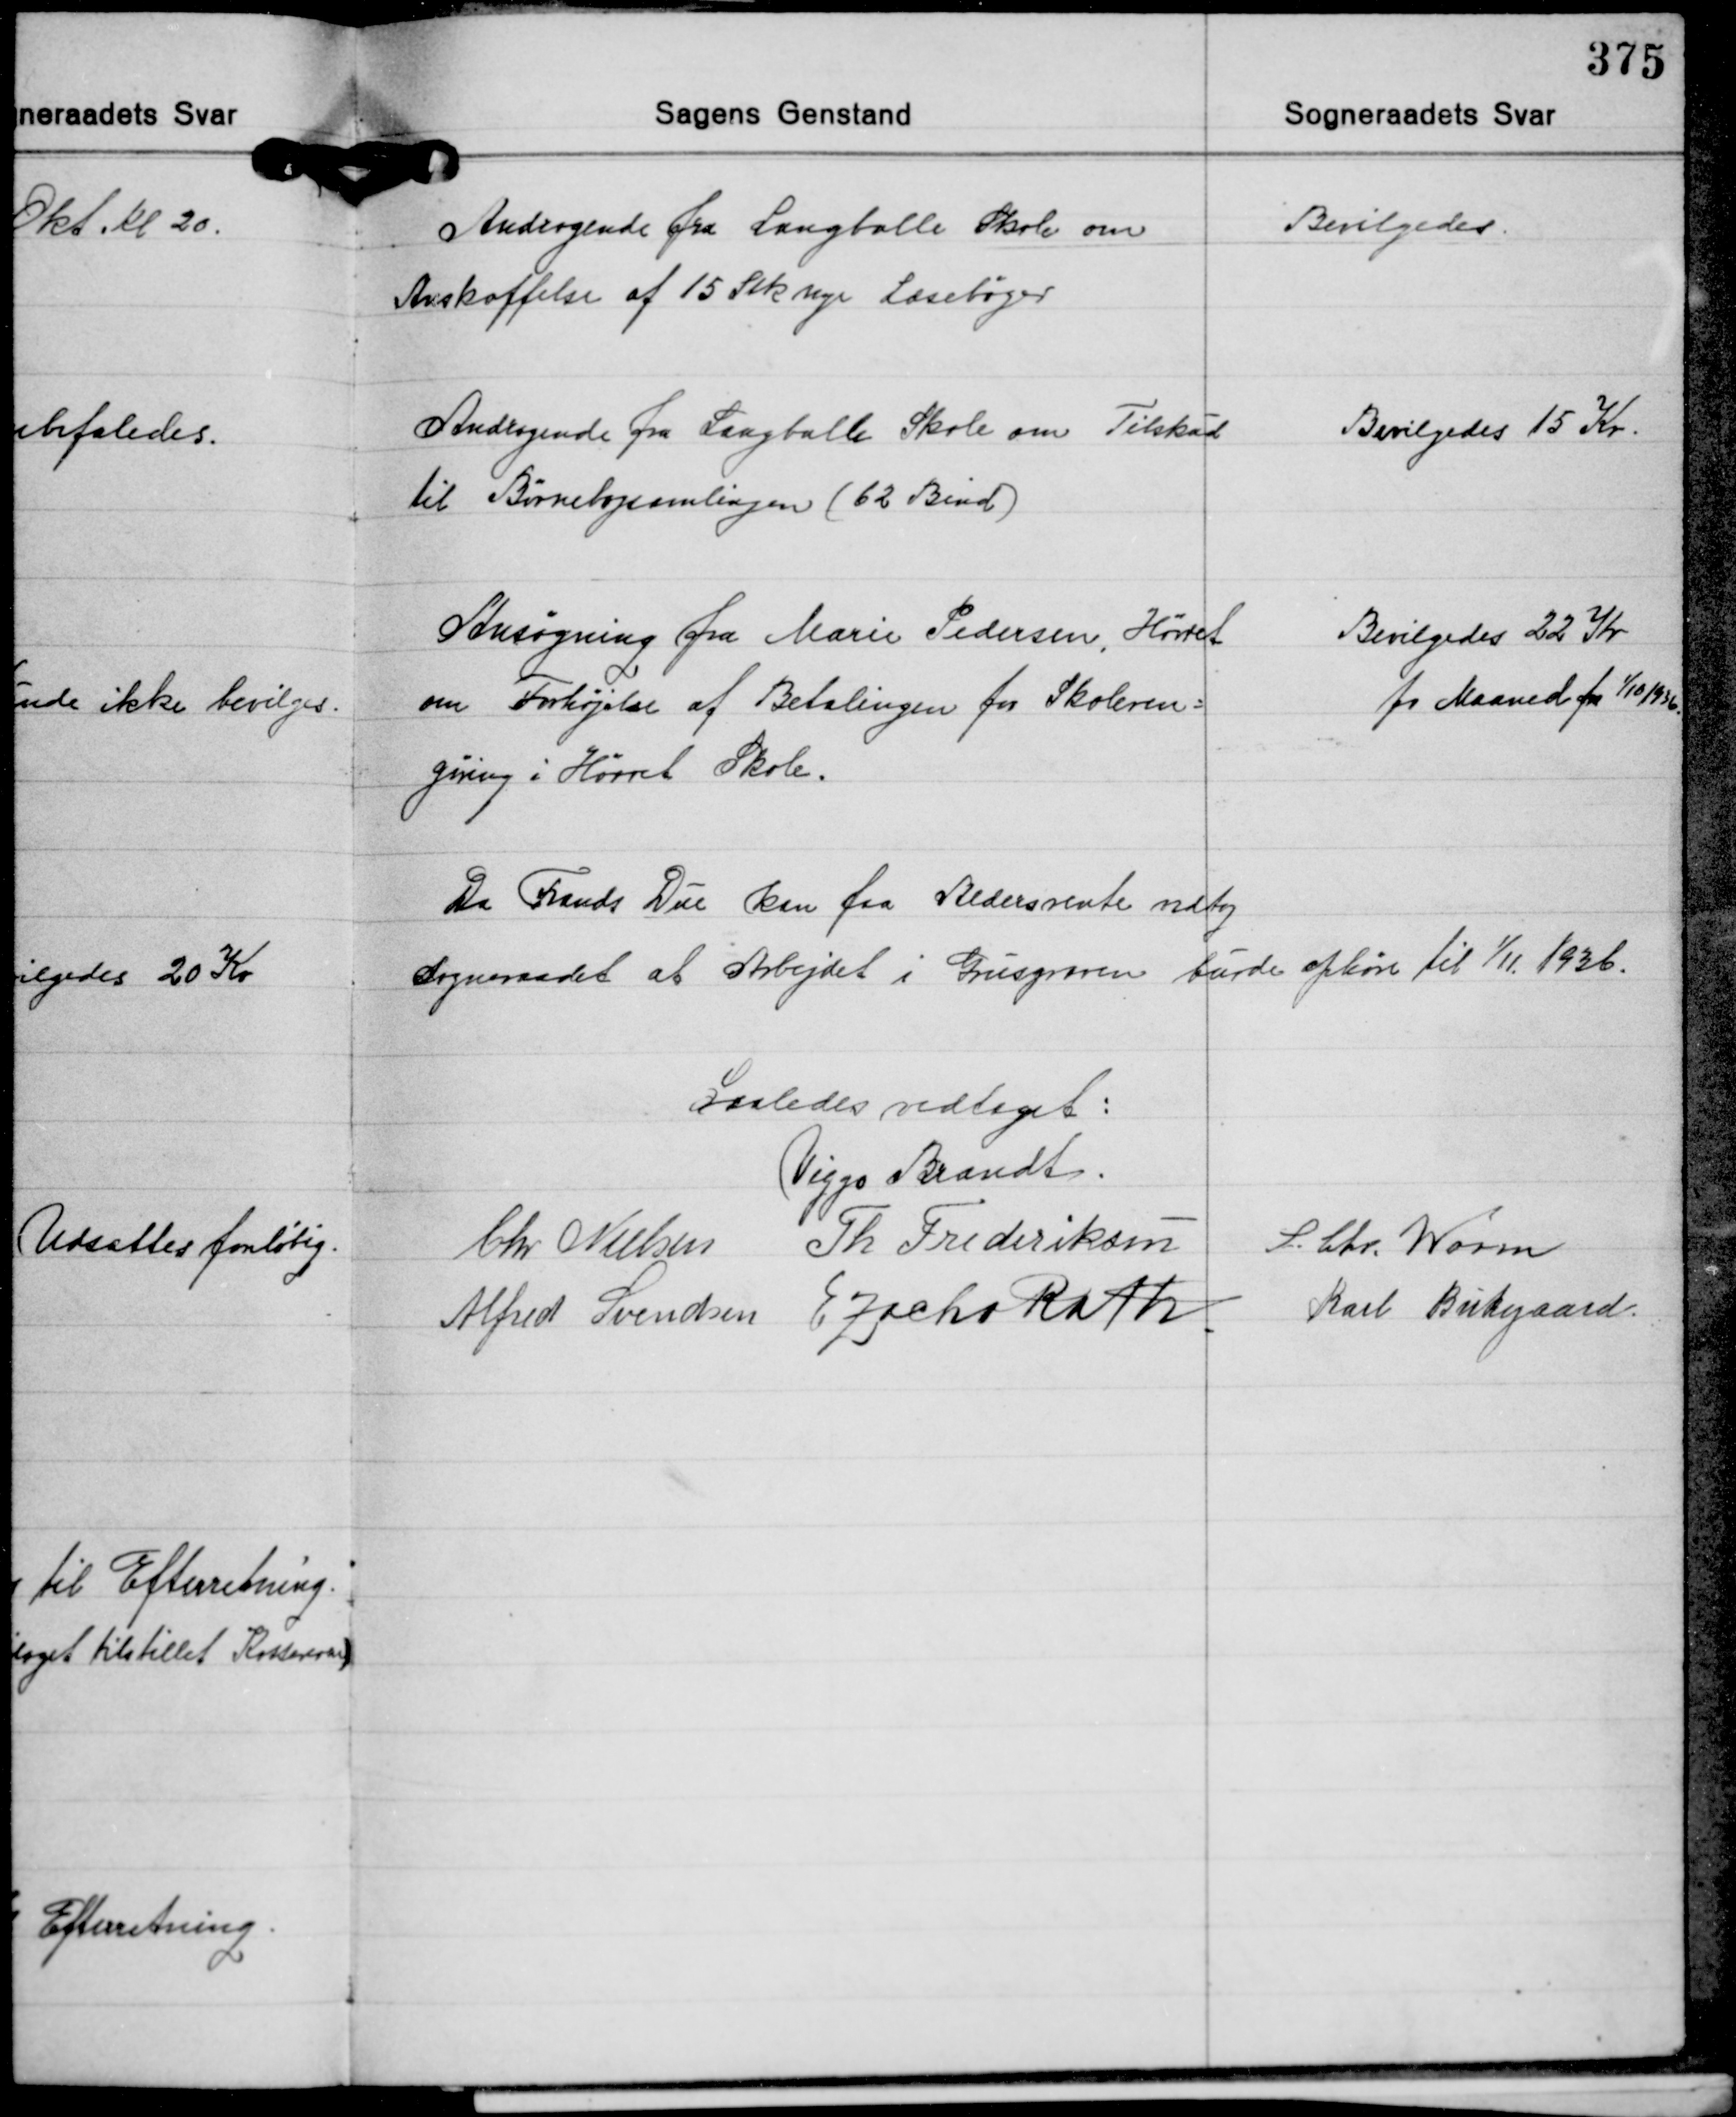
Transskription:
Andragende fra Langballe Skole om
Anskaffelse af 15 Stk. nye Læsebøger

Bevilgedes.

Andragende fra Langballe Skole om Tilskud
til Børnebogsamlingen (62 Bind).

Bevilgedes 15 Kr.

Ansøgning fra Marie Pedersen, Hørret
om Forhøjelse af Betalingen for Skoleren-
gøring i Hørret Skole.

Bevilgedes 22 Kr.
pr. Maaned fra 1/10 1936

Da Frands Due kan faa Aldersrente vedtog
Sogneraadet at Arbejdet i Grusgraven burde ophøre til 1/11 1936.

Saaledes vedtaget:
Viggo Brandt
Chr. Nielsen Th. Frederiksen
S. Chr. Worm
Karl Birkegaard
E. Zacho Rath
Alfred Svendsen